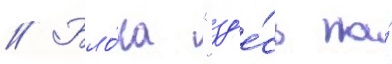
// Бло́ка "зд'е́сь на́